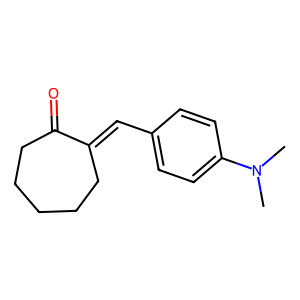
SMILES: CN(C)c1ccc(C=C2CCCCCC2=O)cc1
Inhibits HIV replication: No